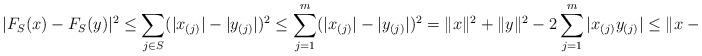
LaTeX: \begin{align*}|F_S(x)-F_S(y)|^2\le \sum_{j\in S} (|x_{(j)}|-|y_{(j)}|)^2\le \sum_{j=1}^m (|x_{(j)}|-|y_{(j)}|)^2=\|x\|^2+\|y\|^2-2\sum_{j=1}^m |x_{(j)}y_{(j)}|\le \|x-y\|^2,\end{align*}